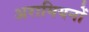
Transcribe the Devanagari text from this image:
अरामियनों